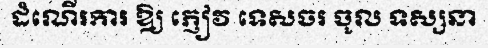
ដំណើរការ ឱ្យ ភ្ញៀវ ទេសចរ ចូល ទស្សនា